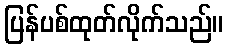
ပြန်ပစ်ထုတ်လိုက်သည်။